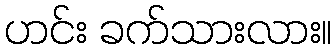
ဟင်း ခက်သားလား။